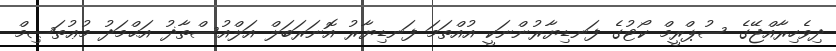
ދިވެހިރާއްޖޭގެ ސުޕްރީމް ކޯޓުގެ ފަނޑިޔާރުންނަކީ އުއްތަމަ ފަނޑިޔާރު އޮނަރަބަލް އަލްއުސްތާޛު އަޙްމަދު މުޢުތަޞިމް